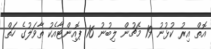
އޮތް އިރު ކުޅުނު 19 މެޗުން ލިބުނު 16 ޕޮއިންޓާއެކު ތާވަލުގެ ހަތް